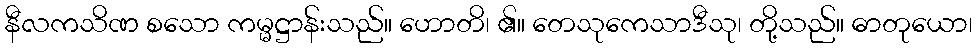
နီလကသိဏ စသော ကမ္မဋ္ဌာန်းသည်။ ဟောတိ၊ ၏။ တေသုကေသာဒီသု၊ တို့သည်။ ဓာတုယော၊